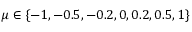
\mu \in \{ - 1 , - 0 . 5 , - 0 . 2 , 0 , 0 . 2 , 0 . 5 , 1 \}